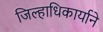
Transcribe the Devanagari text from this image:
जिल्हाधिकार्याने